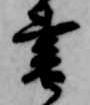
書